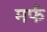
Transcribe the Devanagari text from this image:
मर्फ